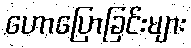
ဟောပြောခြင်းများ